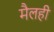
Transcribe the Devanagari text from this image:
मैलही